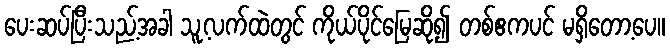
ပေးဆပ်ပြီးသည့်အခါ သူ့လက်ထဲတွင် ကိုယ်ပိုင်မြေဆို၍ တစ်ဧကပင် မရှိတော့ပေ။